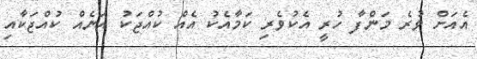
އެއަށް ވުރެ މަންފާ ހުރީ އެކުވެރި ކަމާއެކު އެއް ކުއްޖަކު އަނެއް ކުއްޖަކާއި